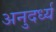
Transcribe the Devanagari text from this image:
अनुदर्ध्य